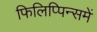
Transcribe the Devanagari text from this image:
फिलिप्पिन्समें